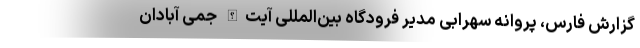
گزارش فارس، پروانه سهرابی مدیر فرودگاه بین‌المللی آیت‌الله جمی آبادان